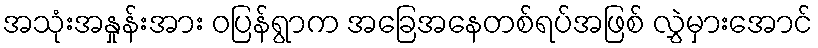
အသုံးအနှုန်းအား ဝပြန်ရွာက အခြေအနေတစ်ရပ်အဖြစ် လွှဲမှားအောင်